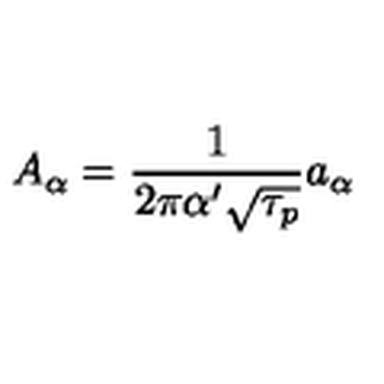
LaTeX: A _ { \alpha } = \frac { 1 } { 2 \pi \alpha ^ { \prime } \sqrt { \tau _ { p } } } a _ { \alpha }